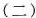
(二)